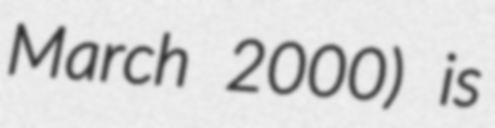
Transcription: March 2000) is